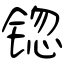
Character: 锪